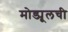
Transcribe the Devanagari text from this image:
मोड्यूलची